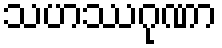
သဟဿဂုဏာ